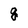
Character: g